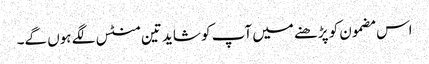
اس مضمون کو پڑھنے میں آپ کو شاید تین منٹس لگے ہوں گے۔